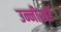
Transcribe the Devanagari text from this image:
उन्नीस्वीं